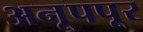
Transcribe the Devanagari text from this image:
अनूपपूर